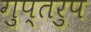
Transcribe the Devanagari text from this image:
गुप्तरुप